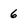
Character: 6